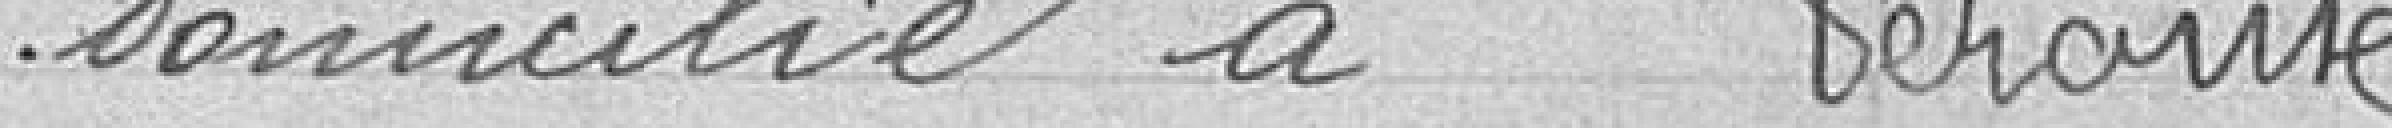
domicilié à Pérouse